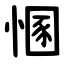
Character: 㥵